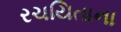
રચયિતાના